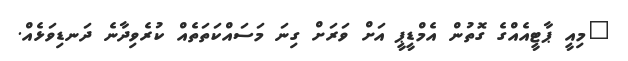
"މިއީ ޕާޓީއެއްގެ ގޮތުން އެމްޑީޕީ އަށް ވަރަށް ގިނަ މަސައްކަތަތެއް ކުރެވިދާނެ ދަނޑިވަޅެއް.